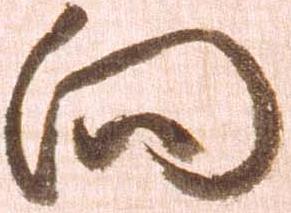
向